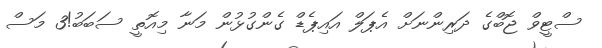
ސްޓީވް ޖޮބްގެ ދަރިންނަށް އެޕަލް އައިޕެޑް ގެންގުޅުން މަނާ މިއޮތީ ސަބަބު!3 މަސް